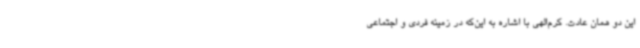
این دو همان عادت. کرم‌الهی با اشاره به این‌که در زمینه فردی و اجتماعی